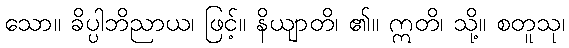
သော။ ခိပ္ပါဘိညာယ၊ ဖြင့်။ နိယျာတိ၊ ၏။ ဣတိ၊ သို့။ စတူသု၊